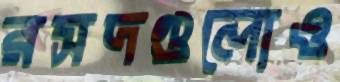
রসদগুলোও